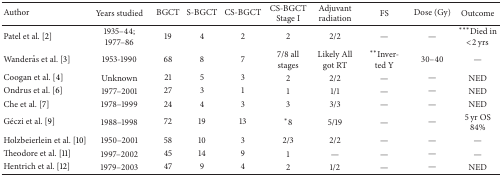
| Author | Years studied | BGCT | S-BGCT | CS-BGCT | CS-BGCT Stage I | Adjuvant radiation | FS | Dose (Gy) | Outcome |
 | --- | --- | --- | --- | --- | --- | --- | --- | --- | --- |
 | Patel et al. [2] | 1935–44; 1977–86 | 19 | 4 | 2 | 2 | 2/2 | — | — | ***Died in <2 yrs |
 | Wanderås et al. [3] | 1953-1990 | 68 | 8 | 7 | 7/8 all stages | Likely All got RT | **Inver- ted Y | 30–40 | — |
 | Coogan et al. [4] | Unknown | 21 | 5 | 3 | 2 | 2/2 | — | — | NED |
 | Ondrus et al. [6] | 1977–2001 | 27 | 3 | 1 | 1 | 1/1 | — | — | NED |
 | Che et al. [7] | 1978–1999 | 24 | 4 | 3 | 3 | 3/3 | — | — | NED |
 | Géczi et al. [9] | 1988–1998 | 72 | 19 | 13 | *8 | 5/19 | — | — | 5 yr OS 84% |
 | Holzbeierlein et al. [10] | 1950–2001 | 58 | 10 | 3 | 2/3 | 2/2 | — | — | — |
 | Theodore et al. [11] | 1997–2002 | 45 | 14 | 9 | 1 | — | — | — | — |
 | Hentrich et al. [12] | 1979–2003 | 47 | 9 | 4 | 2 | 1/2 | — | — | NED |